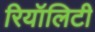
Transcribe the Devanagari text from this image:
रियॉलिटी